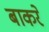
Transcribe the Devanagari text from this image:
बाकरे